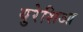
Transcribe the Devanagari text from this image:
युरेशिआ